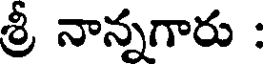
శ్రీ నాన్నగారు :